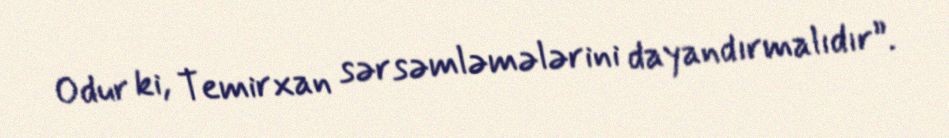
Odur ki, Temirxan sərsəmləmələrini dayandırmalıdır”.